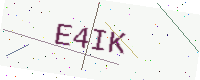
Text: E4IK